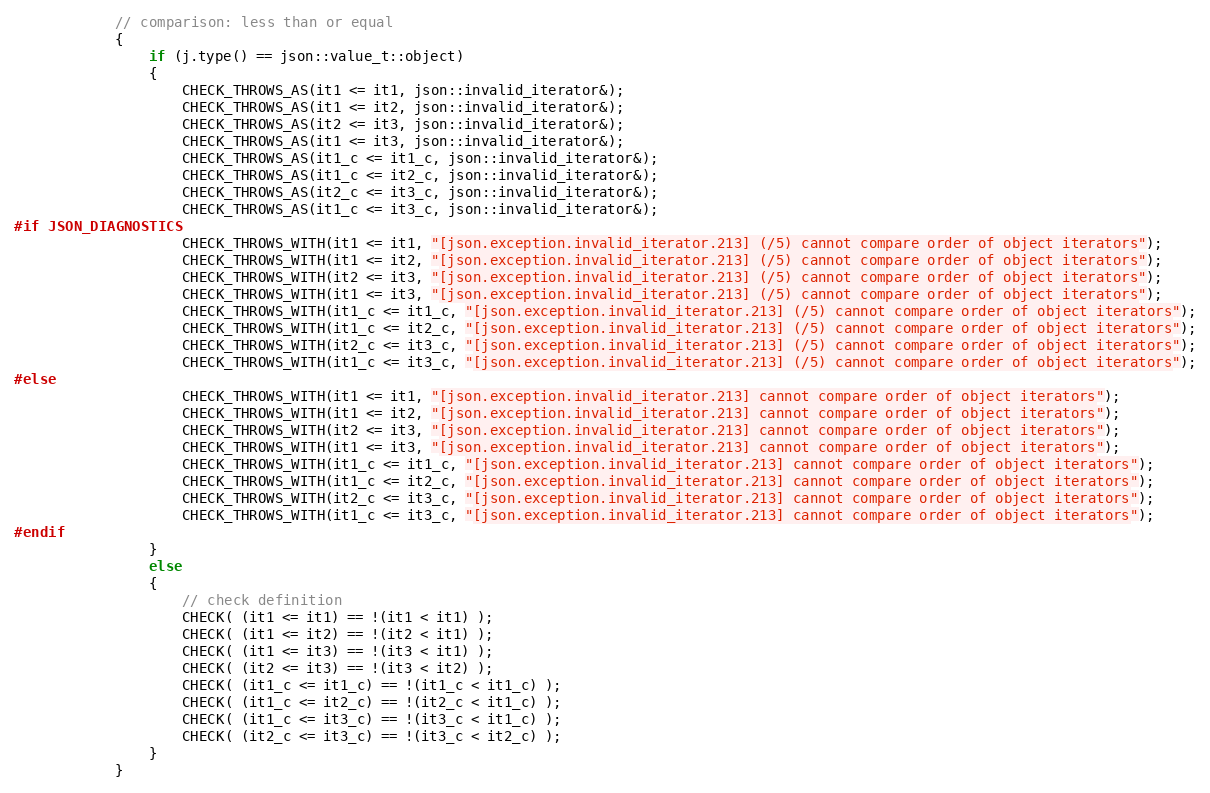
Language: C++
            // comparison: less than or equal
            {
                if (j.type() == json::value_t::object)
                {
                    CHECK_THROWS_AS(it1 <= it1, json::invalid_iterator&);
                    CHECK_THROWS_AS(it1 <= it2, json::invalid_iterator&);
                    CHECK_THROWS_AS(it2 <= it3, json::invalid_iterator&);
                    CHECK_THROWS_AS(it1 <= it3, json::invalid_iterator&);
                    CHECK_THROWS_AS(it1_c <= it1_c, json::invalid_iterator&);
                    CHECK_THROWS_AS(it1_c <= it2_c, json::invalid_iterator&);
                    CHECK_THROWS_AS(it2_c <= it3_c, json::invalid_iterator&);
                    CHECK_THROWS_AS(it1_c <= it3_c, json::invalid_iterator&);
#if JSON_DIAGNOSTICS
                    CHECK_THROWS_WITH(it1 <= it1, "[json.exception.invalid_iterator.213] (/5) cannot compare order of object iterators");
                    CHECK_THROWS_WITH(it1 <= it2, "[json.exception.invalid_iterator.213] (/5) cannot compare order of object iterators");
                    CHECK_THROWS_WITH(it2 <= it3, "[json.exception.invalid_iterator.213] (/5) cannot compare order of object iterators");
                    CHECK_THROWS_WITH(it1 <= it3, "[json.exception.invalid_iterator.213] (/5) cannot compare order of object iterators");
                    CHECK_THROWS_WITH(it1_c <= it1_c, "[json.exception.invalid_iterator.213] (/5) cannot compare order of object iterators");
                    CHECK_THROWS_WITH(it1_c <= it2_c, "[json.exception.invalid_iterator.213] (/5) cannot compare order of object iterators");
                    CHECK_THROWS_WITH(it2_c <= it3_c, "[json.exception.invalid_iterator.213] (/5) cannot compare order of object iterators");
                    CHECK_THROWS_WITH(it1_c <= it3_c, "[json.exception.invalid_iterator.213] (/5) cannot compare order of object iterators");
#else
                    CHECK_THROWS_WITH(it1 <= it1, "[json.exception.invalid_iterator.213] cannot compare order of object iterators");
                    CHECK_THROWS_WITH(it1 <= it2, "[json.exception.invalid_iterator.213] cannot compare order of object iterators");
                    CHECK_THROWS_WITH(it2 <= it3, "[json.exception.invalid_iterator.213] cannot compare order of object iterators");
                    CHECK_THROWS_WITH(it1 <= it3, "[json.exception.invalid_iterator.213] cannot compare order of object iterators");
                    CHECK_THROWS_WITH(it1_c <= it1_c, "[json.exception.invalid_iterator.213] cannot compare order of object iterators");
                    CHECK_THROWS_WITH(it1_c <= it2_c, "[json.exception.invalid_iterator.213] cannot compare order of object iterators");
                    CHECK_THROWS_WITH(it2_c <= it3_c, "[json.exception.invalid_iterator.213] cannot compare order of object iterators");
                    CHECK_THROWS_WITH(it1_c <= it3_c, "[json.exception.invalid_iterator.213] cannot compare order of object iterators");
#endif
                }
                else
                {
                    // check definition
                    CHECK( (it1 <= it1) == !(it1 < it1) );
                    CHECK( (it1 <= it2) == !(it2 < it1) );
                    CHECK( (it1 <= it3) == !(it3 < it1) );
                    CHECK( (it2 <= it3) == !(it3 < it2) );
                    CHECK( (it1_c <= it1_c) == !(it1_c < it1_c) );
                    CHECK( (it1_c <= it2_c) == !(it2_c < it1_c) );
                    CHECK( (it1_c <= it3_c) == !(it3_c < it1_c) );
                    CHECK( (it2_c <= it3_c) == !(it3_c < it2_c) );
                }
            }